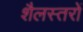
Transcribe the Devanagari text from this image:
शैलस्तरों